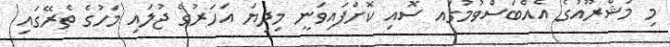
މި މަޝްރޫއުގެ އެއްބަސްވުމުގައ ސޮއި ކޮށްފައިވަނީ މިދިޔަ އަހަރުގެ ޖުލައި މަހުގެ ތެރޭގައި